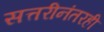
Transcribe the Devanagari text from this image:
सत्तरीनंतरही